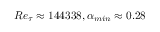
R e _ { \tau } \approx 1 4 4 3 3 8 , \alpha _ { m i n } \approx 0 . 2 8